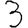
Digit: 3